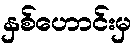
နှစ်ဟောင်းမှ